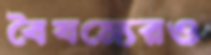
বৈষম্যেরও